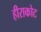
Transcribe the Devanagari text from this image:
हीराकोट